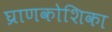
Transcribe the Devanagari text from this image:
घ्राणकोशिका